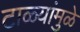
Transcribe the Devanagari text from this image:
टाळ्यांमुळे